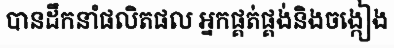
បានដឹកនាំផលិតផល អ្នកផ្គត់ផ្គង់និងចង្កៀង